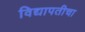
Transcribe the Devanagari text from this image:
विद्यापतीचा